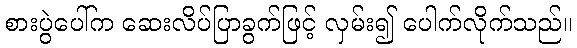
စားပွဲပေါ်က ဆေးလိပ်ပြာခွက်ဖြင့် လှမ်း၍ ပေါက်လိုက်သည်။